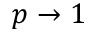
p \to 1